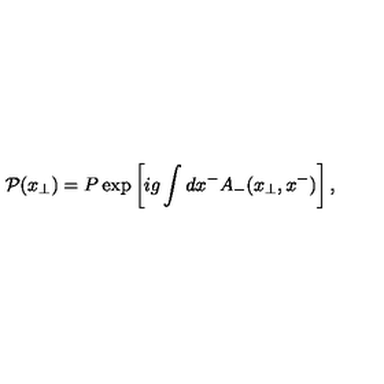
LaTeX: { \cal P } ( { x } _ { \bot } ) = P \exp \left[ i g \int d x ^ { - } A _ { - } ( x _ { \bot } , x ^ { - } ) \right] ,